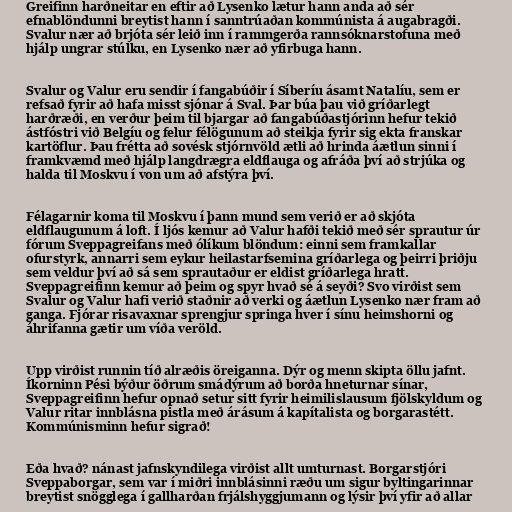
Greifinn harðneitar en eftir að Lysenko lætur hann anda að sér
efnablöndunni breytist hann í sanntrúaðan kommúnista á augabragði.
Svalur nær að brjóta sér leið inn í rammgerða rannsóknarstofuna með
hjálp ungrar stúlku, en Lysenko nær að yfirbuga hann.

Svalur og Valur eru sendir í fangabúðir í Síberíu ásamt Natalíu, sem er
refsað fyrir að hafa misst sjónar á Sval. Þar búa þau við gríðarlegt
harðræði, en verður þeim til bjargar að fangabúðastjórinn hefur tekið
ástfóstri við Belgíu og felur félögunum að steikja fyrir sig ekta franskar
kartöflur. Þau frétta að sovésk stjórnvöld ætli að hrinda áætlun sinni í
framkvæmd með hjálp langdrægra eldflauga og afráða því að strjúka og
halda til Moskvu í von um að afstýra því.

Félagarnir koma til Moskvu í þann mund sem verið er að skjóta
eldflaugunum á loft. Í ljós kemur að Valur hafði tekið með sér sprautur úr
fórum Sveppagreifans með ólíkum blöndum: einni sem framkallar
ofurstyrk, annarri sem eykur heilastarfsemina gríðarlega og þeirri þriðju
sem veldur því að sá sem sprautaður er eldist gríðarlega hratt.
Sveppagreifinn kemur að þeim og spyr hvað sé á seyði? Svo virðist sem
Svalur og Valur hafi verið staðnir að verki og áætlun Lysenko nær fram að
ganga. Fjórar risavaxnar sprengjur springa hver í sínu heimshorni og
áhrifanna gætir um víða veröld.

Upp virðist runnin tíð alræðis öreiganna. Dýr og menn skipta öllu jafnt.
Íkorninn Pési býður öðrum smádýrum að borða hneturnar sínar,
Sveppagreifinn hefur opnað setur sitt fyrir heimilislausum fjölskyldum og
Valur ritar innblásna pistla með árásum á kapítalista og borgarastétt.
Kommúnisminn hefur sigrað!

Eða hvað? nánast jafnskyndilega virðist allt umturnast. Borgarstjóri
Sveppaborgar, sem var í miðri innblásinni ræðu um sigur byltingarinnar
breytist snögglega í gallharðan frjálshyggjumann og lýsir því yfir að allar